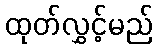
ထုတ်လွှင့်မည်